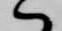
ハ